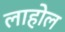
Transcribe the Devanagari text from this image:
लाहोल